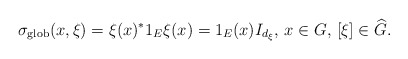
\begin{align*} \sigma_{\textnormal{glob}}(x,\xi)=\xi(x)^*1_E\xi(x)=1_E(x)I_{d_\xi},\,x\in G,\, [\xi]\in \widehat{G}.\end{align*}